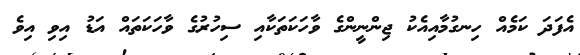
އެފަދަ ކަމެއް ހިނގުމާއިއެކު ޖިންނީންގެ ވާހަކަތަކާއި ސިހުރުގެ ވާހަކަތައް އަޑު އިވި އިވެ